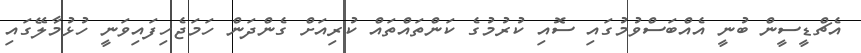
އެޗްޑީސީން ބުނީ އެއްބަސްވުމުގައި ސޮއި ކުރުމުގެ ކަންތައްތައް ކުރިއަށް ގެންދަން ހަމަޖެހިފައިވަނީ ހުޅުމާލޭގައި